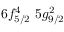
6 f _ { 5 / 2 } ^ { 4 } \, \, 5 g _ { 9 / 2 } ^ { 2 }